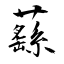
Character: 蘨